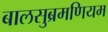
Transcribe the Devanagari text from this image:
बालसुब्रमणियम